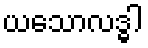
ယသောလဒ္ဓါ